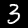
Label: 3